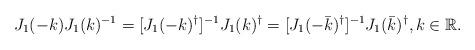
LaTeX: \begin{align*} J_1(-k)J_1(k)^{-1}=[J_1(-{k})^\dag]^{-1}J_1({k})^\dag=[J_1(-\bar{k})^\dag]^{-1}J_1(\bar{k})^\dag,k\in \mathbb{R}.\end{align*}